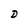
Character: D